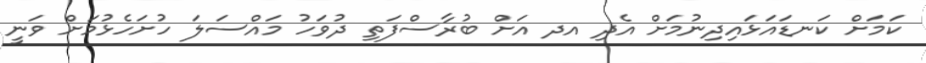
ކަމަށް ކަނޑައަޅައިދިނުމަށް އެދި އދ އަށް ބުރާސްފަތި ދުވަހު މައްސަލަ ހުށަހެޅުމަށް ވަނީ